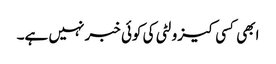
ابھی کسی کیزولٹی کی کوئی خبر نہیں ہے۔